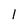
Character: 1